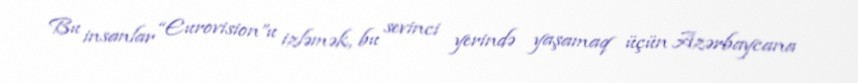
Bu insanlar “Eurovision”u izləmək, bu sevinci yerində yaşamaq üçün Azərbaycana